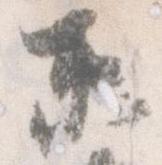
京